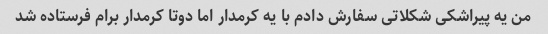
من یه پیراشکی شکلاتی سفارش دادم با یه کرمدار اما دوتا کرمدار برام فرستاده شد